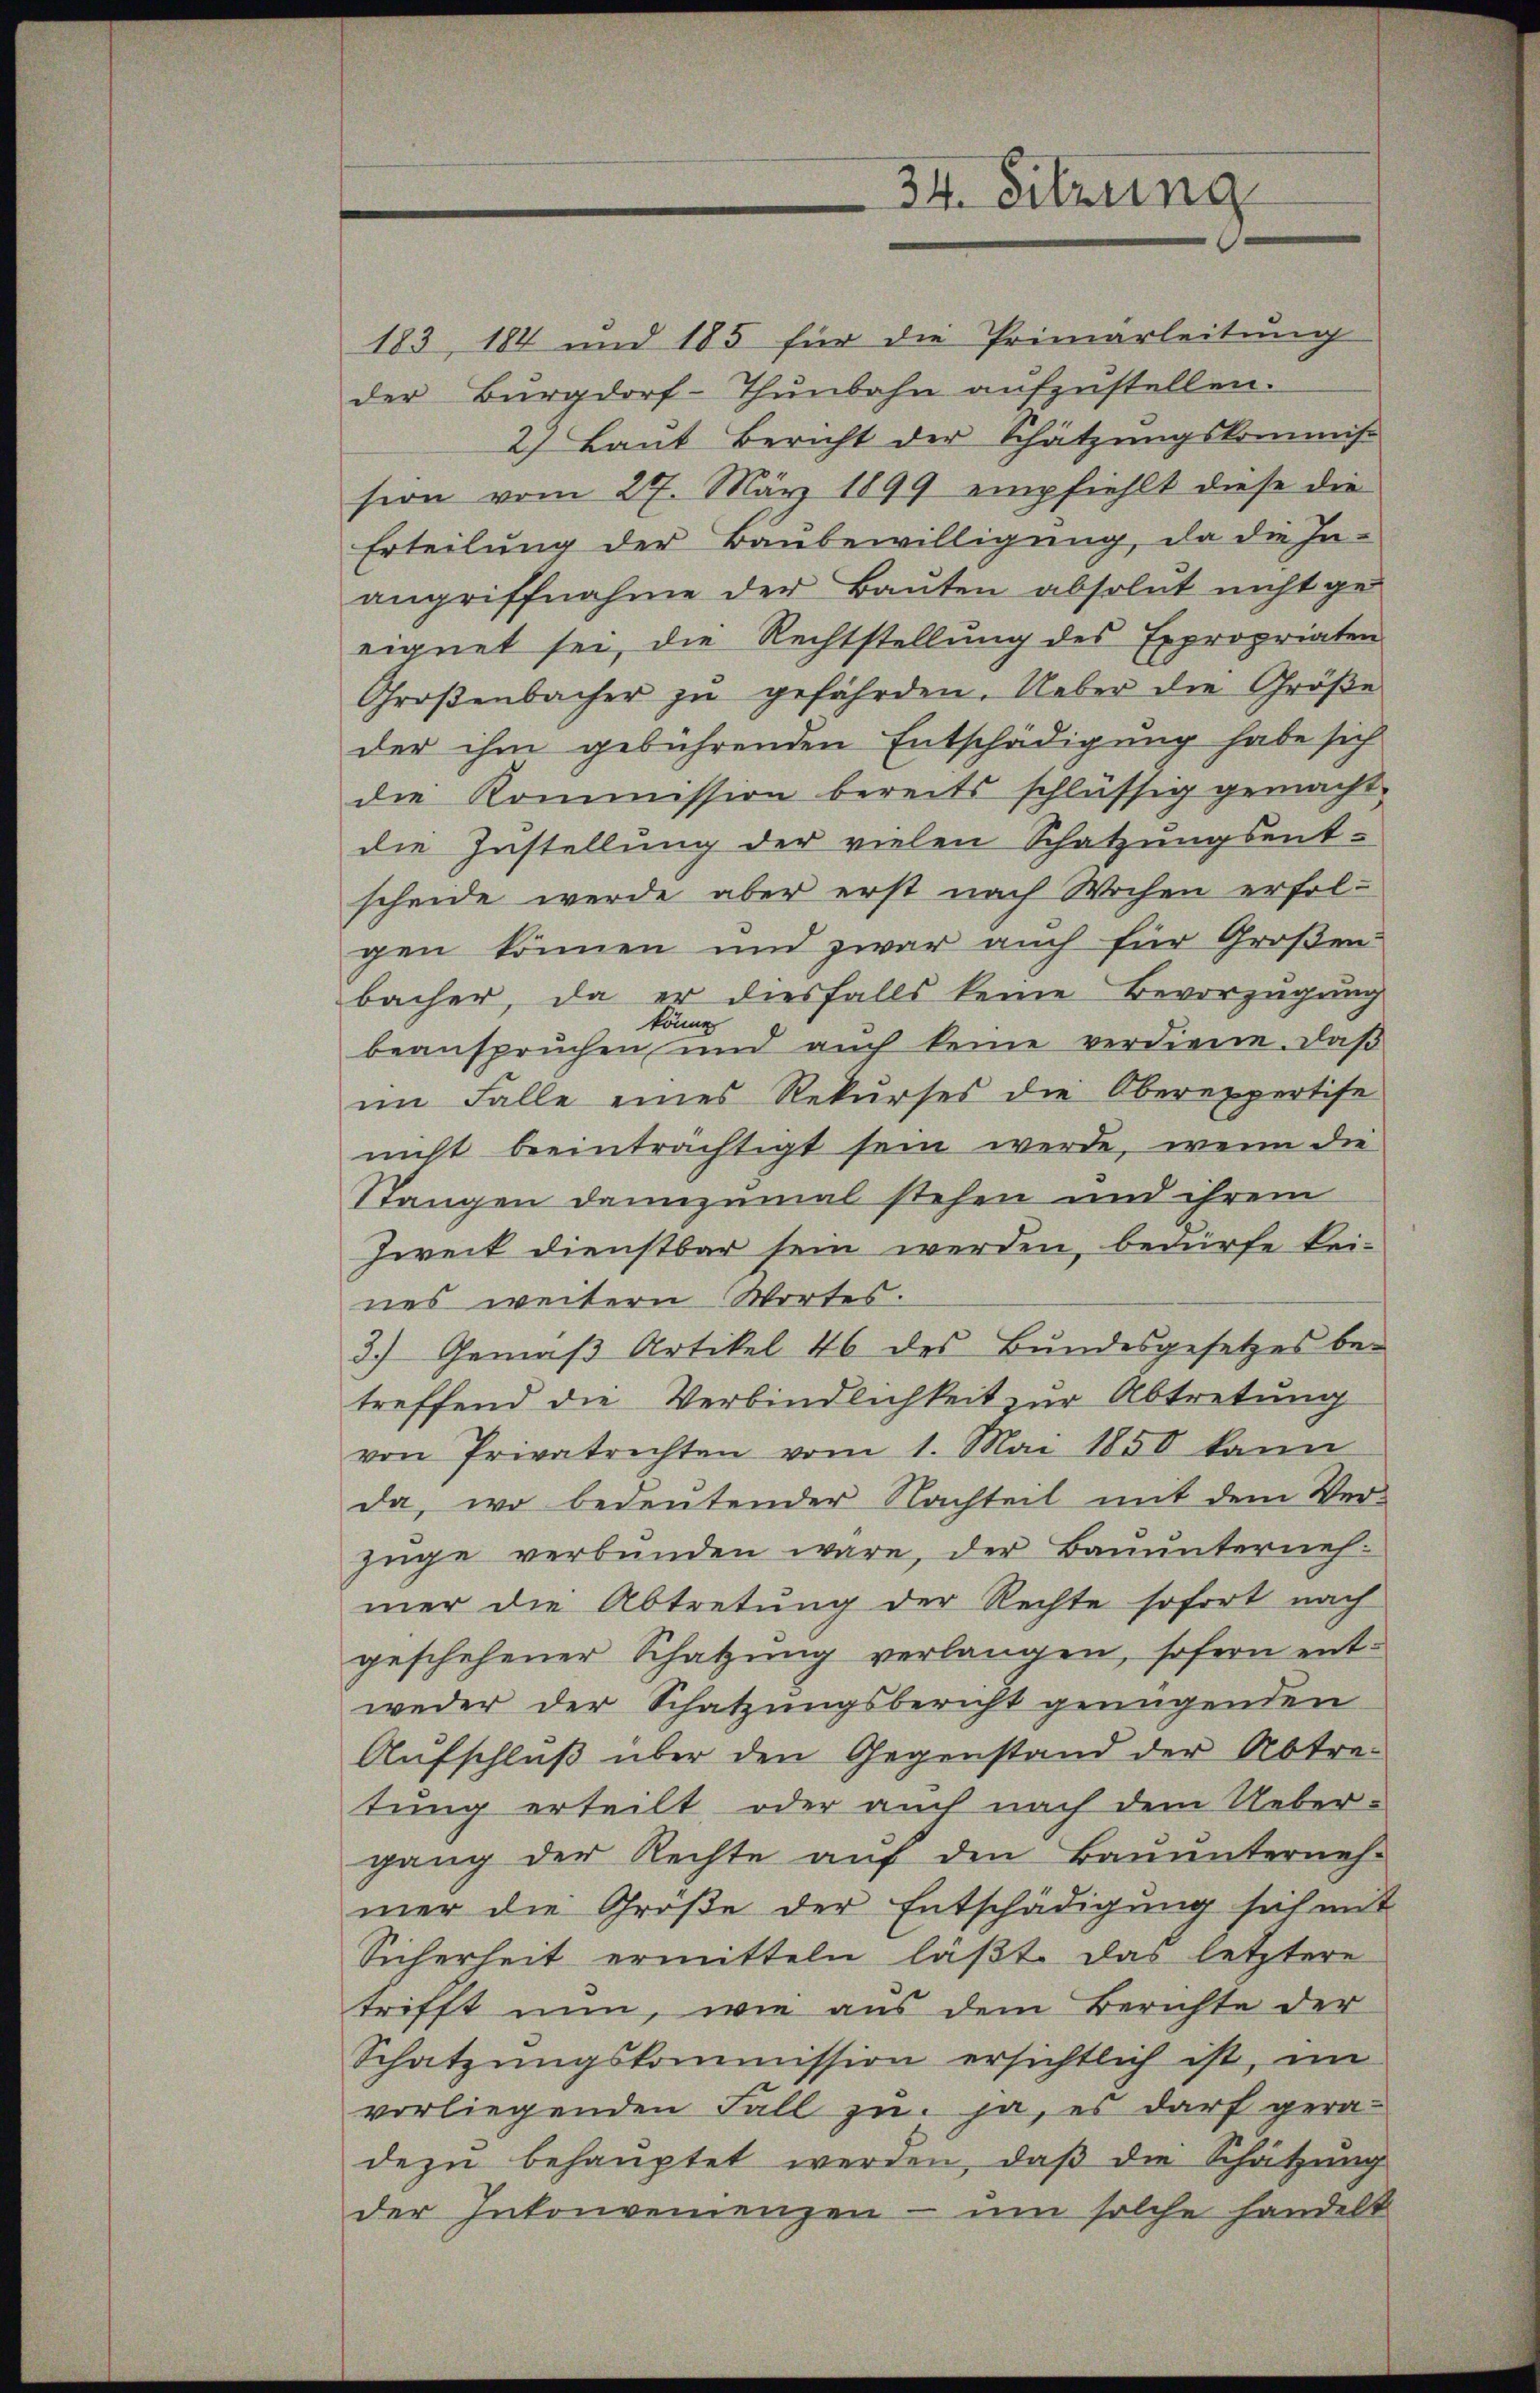
34. Sitzung

183, 184 und 185 für die Primarleitung
der Burgdorf-Thunbahn aufzustellen.
2) Laut Bericht der Schätzungskommis
sion vom 27. März 1899 empfiehlt diese die
Erteilung der Baŭbewilligung, da die In-
angriffnahme der Bauten absolut nicht geeignet sei, die Rechtstellung des Expropriaten
Groβenbacher zŭ gefährden. Ueber die Größe
der ihm gebührenden Entschädigung habe sich
die Kommission bereits schlüssig gemacht.
die Instellung der vielen Schatzungsent-
scheide werde aber erst nach Wochen erfolgen können und zwar auch für Großen:
bacher, da er diesfalls keine Bevorzugung
könne
beansprüchen und aŭch keine verdiene. daβ
im Falle eines Rekurses die Oberexpertise
nicht beeinträchtigt sein werde, wenn die
Stangen dannzumal stehen und ihrem
Zweck dienstbar sein werden, bedürfe kei-
nes weitern Wortes.
3.) Gemäβ Artikel 46 des Bundesgesetzes be-
treffend die Verbindlichkeit zur Abtretung
von Privatrechten vom 1. Mai 1850 kann
da, wo bedeutender Nachteil mit dem Ver-
züge verbunden wäre, der Bauunternehmer die Abtretung der Rechte sofort nach
geschehener Schatzung verlangen, sofern entweder der Schatzungsbericht genügenden
Aufschluß über den Gegenstand der Abtre-
tung erteilt oder auch nach dem Ueber-
gang der Rechte auf den Bauunterneh-
mer die Große der Entschädigung sich mit
Sicherheit ermitteln läßt das letztere
trifft nun, wie aus dem Berichte der
Schatzŭngskommission ersichtlich ist, im
vorliegenden Fall zu, ja, es darf gera-
dezu behauptet werden, daβ die Schätzung
der Inkonvenienzen - um solche handelt